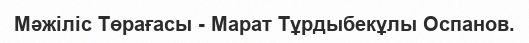
Мәжіліс Төрағасы - Марат Тұрдыбекұлы Оспанов.